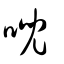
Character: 唲